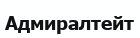
Адмиралтейт